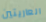
العاريتين